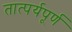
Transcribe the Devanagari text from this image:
तात्पर्यपूर्ण